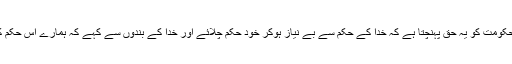
نہ کسی انسانی حکومت کو یہ حق پہنچتا ہے کہ خدا کے حکم سے بے نیاز ہوکر خود حکم چلائے اور خدا کے بندوں سے کہے کہ ہمارے اس حکم کی اطاعت کرو۔